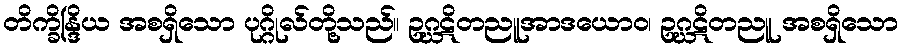
တိက္ခိန္ဒြိယ အစရှိသော ပုဂ္ဂိုလ်တို့သည်။ ဥဂ္ဃဋိတညူအာဒယောဝ၊ ဥဂ္ဃဋိတညူ အစရှိသော